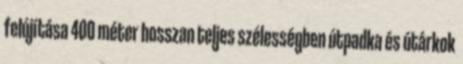
felújítása 400 méter hosszan teljes szélességben útpadka és útárkok